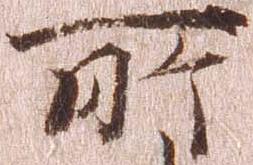
所